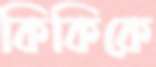
কিকিকে